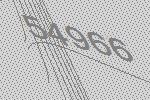
54966